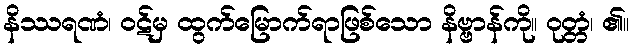
နိဿရဏံ၊ ဝဋ်မှ ထွက်မြောက်ရာဖြစ်သော နိဗ္ဗာန်ကို။ ဝုတ္တံ၊ ၏။